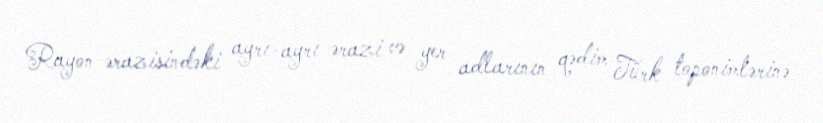
Rayon ərazisindəki ayrı-ayrı ərazi və yer adlarının qədim Türk toponimlərinə